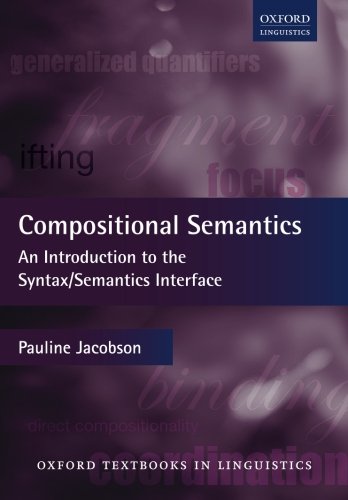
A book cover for Compositional Semantics: An Introduction to the Syntax/Semantics Interface (Oxford Textbooks in Linguistics); Pauline Jacobson; Reference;